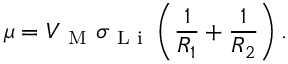
\mu = V _ { \mathrm { ~ M ~ } } \sigma _ { \mathrm { ~ L ~ i ~ } } \left( \frac { 1 } { R _ { 1 } } + \frac { 1 } { R _ { 2 } } \right) .